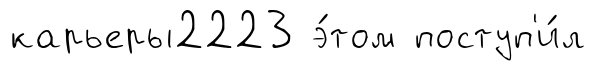
карьеры2223 э́том поступ'и́л